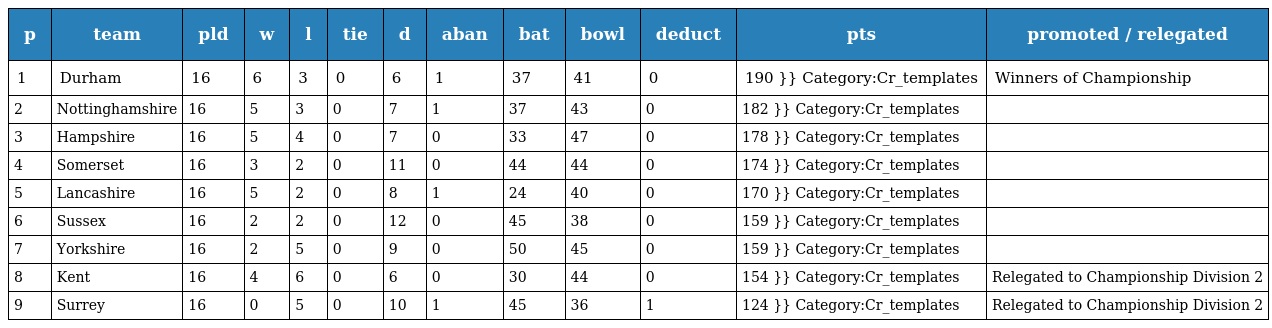
| p | team | pld | w | l | tie | d | aban | bat | bowl | deduct | pts | promoted / relegated |
 | --- | --- | --- | --- | --- | --- | --- | --- | --- | --- | --- | --- | --- |
 | 1 | Durham | 16 | 6 | 3 | 0 | 6 | 1 | 37 | 41 | 0 | 190 }} Category:Cr_templates | Winners of Championship |
 | 2 | Nottinghamshire | 16 | 5 | 3 | 0 | 7 | 1 | 37 | 43 | 0 | 182 }} Category:Cr_templates |  |
 | 3 | Hampshire | 16 | 5 | 4 | 0 | 7 | 0 | 33 | 47 | 0 | 178 }} Category:Cr_templates |  |
 | 4 | Somerset | 16 | 3 | 2 | 0 | 11 | 0 | 44 | 44 | 0 | 174 }} Category:Cr_templates |  |
 | 5 | Lancashire | 16 | 5 | 2 | 0 | 8 | 1 | 24 | 40 | 0 | 170 }} Category:Cr_templates |  |
 | 6 | Sussex | 16 | 2 | 2 | 0 | 12 | 0 | 45 | 38 | 0 | 159 }} Category:Cr_templates |  |
 | 7 | Yorkshire | 16 | 2 | 5 | 0 | 9 | 0 | 50 | 45 | 0 | 159 }} Category:Cr_templates |  |
 | 8 | Kent | 16 | 4 | 6 | 0 | 6 | 0 | 30 | 44 | 0 | 154 }} Category:Cr_templates | Relegated to Championship Division 2 |
 | 9 | Surrey | 16 | 0 | 5 | 0 | 10 | 1 | 45 | 36 | 1 | 124 }} Category:Cr_templates | Relegated to Championship Division 2 |